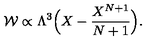
{ \cal W } \propto \Lambda ^ { 3 } \Big ( X - { \frac { X ^ { N + 1 } } { N + 1 } } \Big ) .